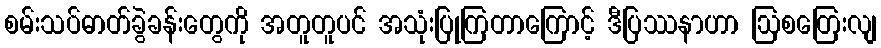
စမ်းသပ်ဓာတ်ခွဲခန်းတွေကို အတူတူပင် အသုံးပြုကြတာကြောင့် ဒီပြဿနာဟာ ဩစတြေးလျ